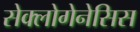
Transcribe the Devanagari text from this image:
सेक्लोगेनेसिस